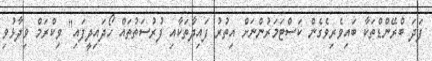
ފަދަ ބްރޭންޑްތަކާ ބައިވެރިވެގެން ކަސްޓަމަރުންނަށް އިތުރު ފައިދާތަކާއި ފުރުސަތުތައް ހޯދައިދީފައި" ވިކްރަމް ވިދާޅުވި